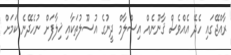
ރާއްޖޭގައި ހެދޭ އެއްވެސް ޤާނޫނެއް އިސްލާމް ދީނުގެ އުސޫލުތަކާއި ޚިލާފަށް ނުހެދޭނެ ކަމަށް